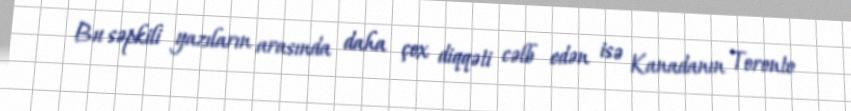
Bu səpkili yazıların arasında daha çox diqqəti cəlb edən isə Kanadanın Toronto